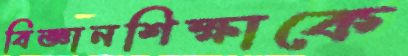
বিজ্ঞানশিক্ষাকে